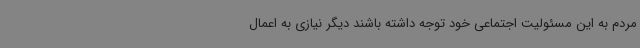
مردم به این مسئولیت اجتماعی خود توجه داشته باشند دیگر نیازی به اعمال